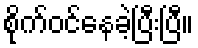
စိုက်ဝင်နေခဲ့ပြီးပြီ။